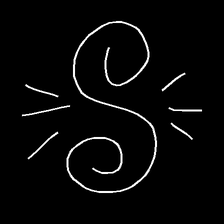
Glyph: wind-directs-air